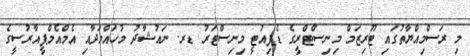
މި ރަސްމިއްޔާތުގައި ޓޫރިޒަމް މިނިސްޓްރީގެ ޑެޕިއުޓީ މިނިސްޓަރު ޑރ. ނައުޝާދު މުހައްމަދާއި އެމްއެމްޕީއާރުސީގެ